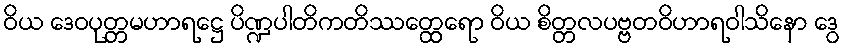
ဝိယ ဒေဝပုတ္တမဟာရဋ္ဌေ ပိဏ္ဍပါတိကတိဿတ္ထေရော ဝိယ စိတ္တလပဗ္ဗတဝိဟာရဝါသိနော ဒွေ